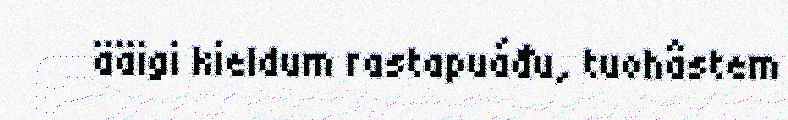
ääigi kieldum rastapuáđu, tuohâstem